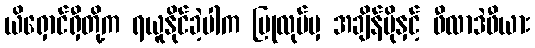
ယိရှောင်ရှီတို့က ရယူနိုင်ခဲ့ပါက ပြုလုပ်မှ အချိန်ပိုနှင့် ဖီလာဒဲဖီယား